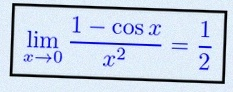
\lim_{x\to0}\frac{1-\cos x}{x^2}=\frac12